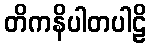
တိကနိပါတပါဠိ